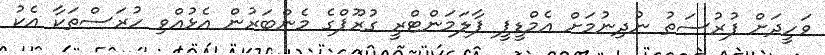
ވަހީދަށް ފުރުސަތު ނުދިނުމަށް އެމްޑީޕީ ޕާލަމަންޓްރީ ގުރޫޕްގެ މެންބަރުން އެޅުއްވި ހުރަސްތަކާ އެކު